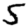
Digit: 5